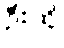
ဦးထိ